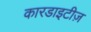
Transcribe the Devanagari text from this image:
कारडाइटीज़